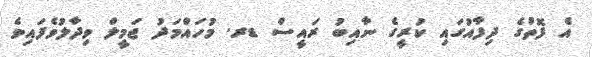
އެ ފޮތުގެ ދިފާއުގައި ކުރީގެ ނާއިބު ރައީސް ޑރ. މުހައްމަދު ޖަމީލް ވިދާލުވެފައިވެ